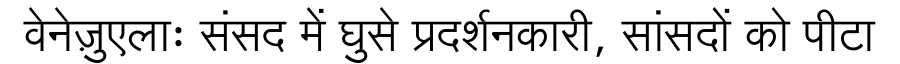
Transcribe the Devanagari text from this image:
वेनेज़ुएलाः संसद में घुसे प्रदर्शनकारी, सांसदों को पीटा